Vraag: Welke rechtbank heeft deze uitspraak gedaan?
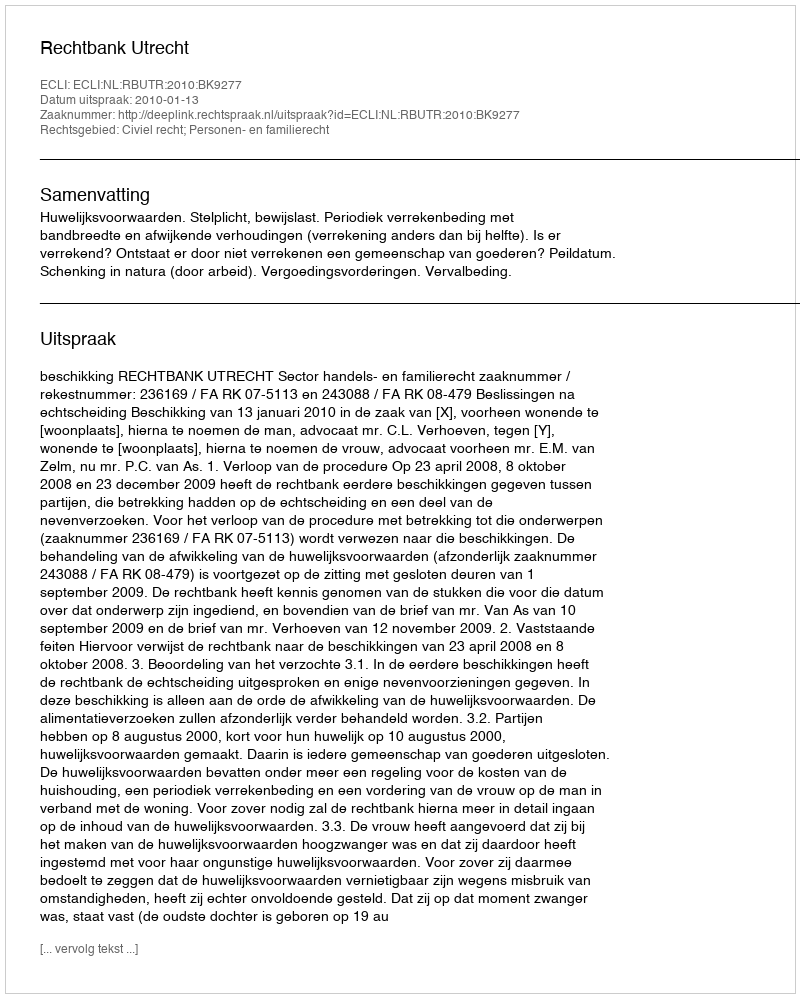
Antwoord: Rechtbank Utrecht